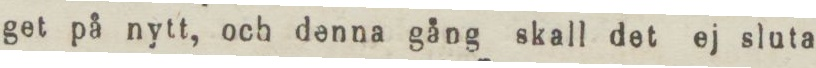
get på nytt, och denna gång skall det ej sluta